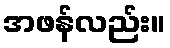
အဖန်လည်း။